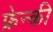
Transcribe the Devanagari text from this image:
फ्रेन्की